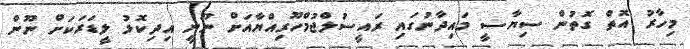
މިހާރު އޮތް ގޮތުން ސިޔާސީ މައިދާނުގައި ރައީސުލްޖުމްހޫރިއްޔާއަށް ނޫނީ އިދިކޮޅު ލީޑަރަކަށް ނޫން